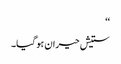
‘‘
ستیش حیران ہو گیا۔